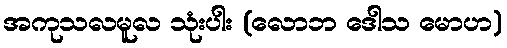
အကုသလမူလ သုံးပါး (လောဘ ဒေါသ မောဟ)